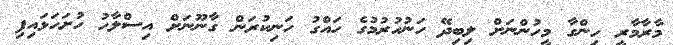
މާރާމާރީ ހިންގާ މީހުންނަށް ލިބިދޭ ހަނުހުރުމުގެ ހައްގު ހަނިކުރަން ގާނޫނަށް އިސްލާހު ހުށަހަޅައިފި